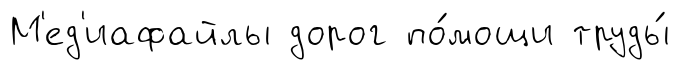
М'ед'иафайлы дорог по́мощи труды́